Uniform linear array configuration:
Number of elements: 16
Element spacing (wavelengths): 1
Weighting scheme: exponential
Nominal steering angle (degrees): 15
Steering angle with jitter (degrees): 15.902
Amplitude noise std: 0.05
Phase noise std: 0.05

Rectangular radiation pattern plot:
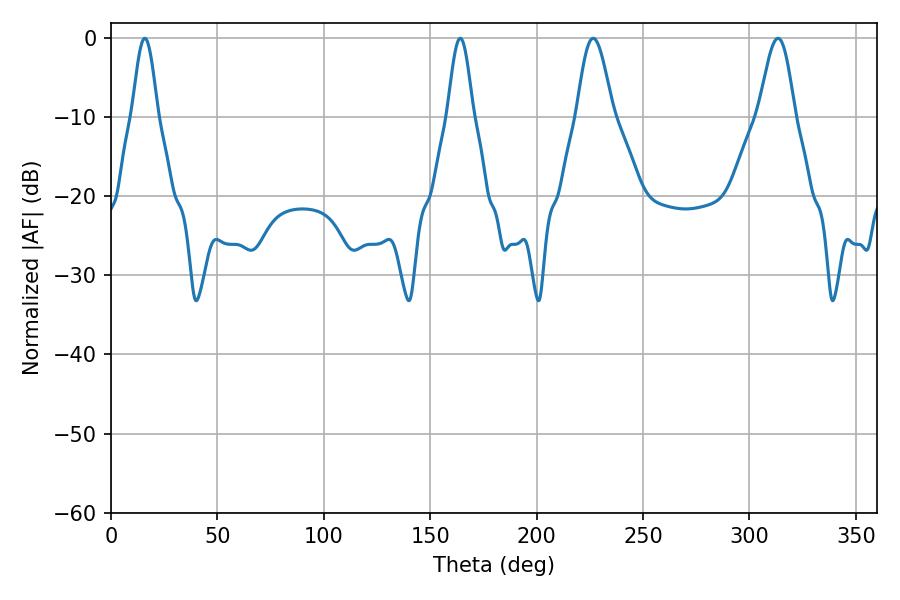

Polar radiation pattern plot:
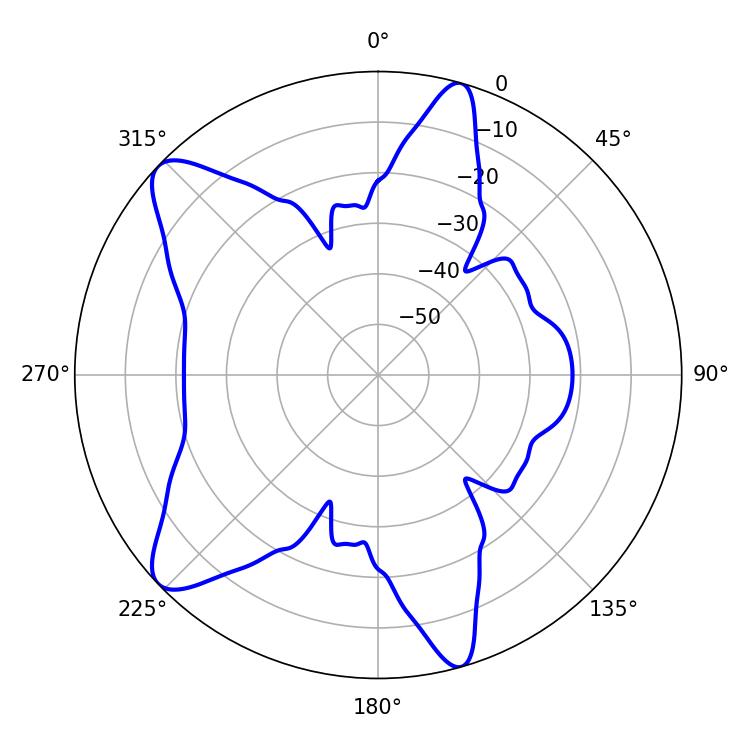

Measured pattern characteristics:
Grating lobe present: TRUE
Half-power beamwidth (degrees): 9
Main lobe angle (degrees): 226.62